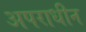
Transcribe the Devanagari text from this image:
अपराधीन